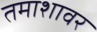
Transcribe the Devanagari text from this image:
तमाशावर